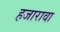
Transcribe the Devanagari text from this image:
हजारावा